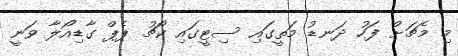
މި މެޗަށް ފަހު ދަނޑު މަތީގައި ސިޓީގައި ކޯޗު ޕެޕް ގާޑިއޯލާ ވަނީ